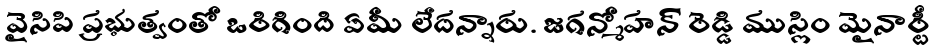
వైసిపి ప్రభుత్వంతో ఒరిగింది ఏమీ లేదన్నారు. జగన్మోహన్ రెడ్డి ముస్లిం మైనార్టీ